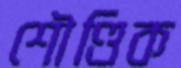
শৌণ্ডিক